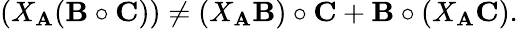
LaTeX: (X_{\mathbf A}({\mathbf B}\circ{\mathbf C}))\neq(X_{\mathbf A}{\mathbf B})\circ{\mathbf C}+{\mathbf B}\circ(X_{\mathbf A}{\mathbf C}).